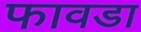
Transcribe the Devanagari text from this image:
फावडा